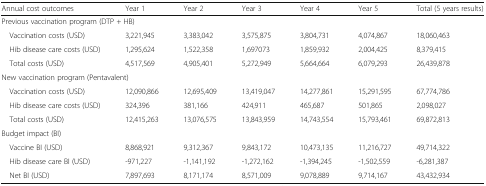
| Annual cost outcomes | Year 1 | Year 2 | Year 3 | Year 4 | Year 5 | Total (5 years results) |
 | --- | --- | --- | --- | --- | --- | --- |
 | <COLSPAN=7> Previous vaccination program (DTP + HB) |
 | Vaccination costs (USD) | 3,221,945 | 3,383,042 | 3,575,875 | 3,804,731 | 4,074,867 | 18,060,463 |
 | Hib disease care costs (USD) | 1,295,624 | 1,522,358 | 1,697073 | 1,859,932 | 2,004,425 | 8,379,415 |
 | Total costs (USD) | 4,517,569 | 4,905,401 | 5,272,949 | 5,664,664 | 6,079,293 | 26,439,878 |
 | <COLSPAN=7> New vaccination program (Pentavalent) |
 | Vaccination costs (USD) | 12,090,866 | 12,695,409 | 13,419,047 | 14,277,861 | 15,291,595 | 67,774,786 |
 | Hib disease care costs (USD) | 324,396 | 381,166 | 424,911 | 465,687 | 501,865 | 2,098,027 |
 | Total costs (USD) | 12,415,263 | 13,076,575 | 13,843,959 | 14,743,554 | 15,793,461 | 69,872,813 |
 | <COLSPAN=7> Budget impact (BI) |
 | Vaccine BI (USD) | 8,868,921 | 9,312,367 | 9,843,172 | 10,473,135 | 11,216,727 | 49,714,322 |
 | Hib disease care BI (USD) | -971,227 | -1,141,192 | -1,272,162 | -1,394,245 | -1,502,559 | -6,281,387 |
 | Net BI (USD) | 7,897,693 | 8,171,174 | 8,571,009 | 9,078,889 | 9,714,167 | 43,432,934 |